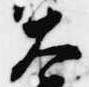
大